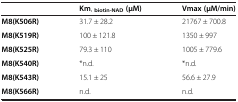
|  | Km, biotin-NAD(μM) | Vmax (μM/min) |
 | --- | --- | --- |
 | M8(K506R) | 31.7 ± 28.2 | 21767 ± 700.8 |
 | M8(K519R) | 100 ± 121.8 | 1350 ± 997 |
 | M8(K525R) | 79.3 ± 110 | 1005 ± 779.6 |
 | M8(K540R) | *n.d. | *n.d. |
 | M8(K543R) | 15.1 ± 25 | 56.6 ± 27.9 |
 | M8(K566R) | n.d. | n.d. |